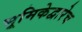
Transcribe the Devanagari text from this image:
भूमिकेद्वारेच